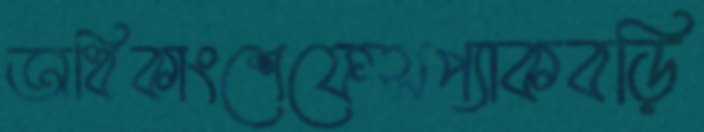
অধিকাংশেফেসপ্যাকবড়ি